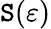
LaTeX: \mathtt{S}(\varepsilon)